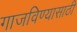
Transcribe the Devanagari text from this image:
गाजविण्यासाठी